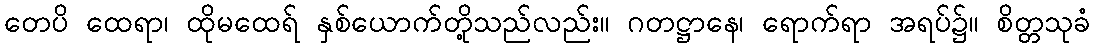
တေပိ ထေရာ၊ ထိုမထေရ် နှစ်ယောက်တို့သည်လည်း။ ဂတဋ္ဌာနေ၊ ရောက်ရာ အရပ်၌။ စိတ္တသုခံ